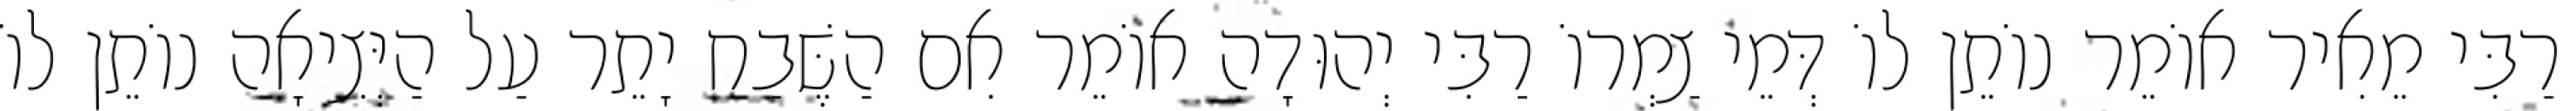
רַבִּי מֵאִיר אוֹמֵר נוֹתֵן לוֹ דְּמֵי צַמְרוֹ רַבִּי יְהוּדָה אוֹמֵר אִם הַשֶּׁבַח יָתֵר עַל הַיְּצִיאָה נוֹתֵן לוֹ